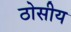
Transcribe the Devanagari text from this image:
ठोसीय